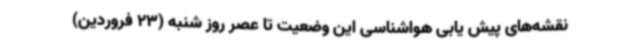
نقشه‌های پیش یابی هواشناسی این وضعیت تا عصر روز شنبه (23 فروردین)